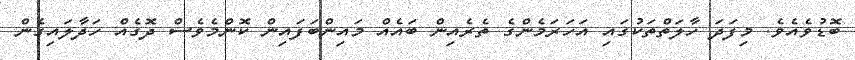
ބޮޑުވެއެވެ. މިފަދަ ހާލަތްތަކުގައި އަހަރަމެންގެ ތެރެއިން ބައެއް މައިންބަފައިން ކޮންމެވެސް ދޮގެއް ހަދާލައިގެން